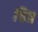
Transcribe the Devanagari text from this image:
चित्र